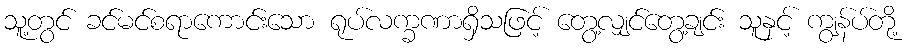
သူ့တွင် ခင်မင်စရာကောင်းသော ရုပ်လက္ခဏာရှိသဖြင့် တွေ့လျှင်တွေ့ချင်း သူနှင့် ကျွန်ပ်တို့